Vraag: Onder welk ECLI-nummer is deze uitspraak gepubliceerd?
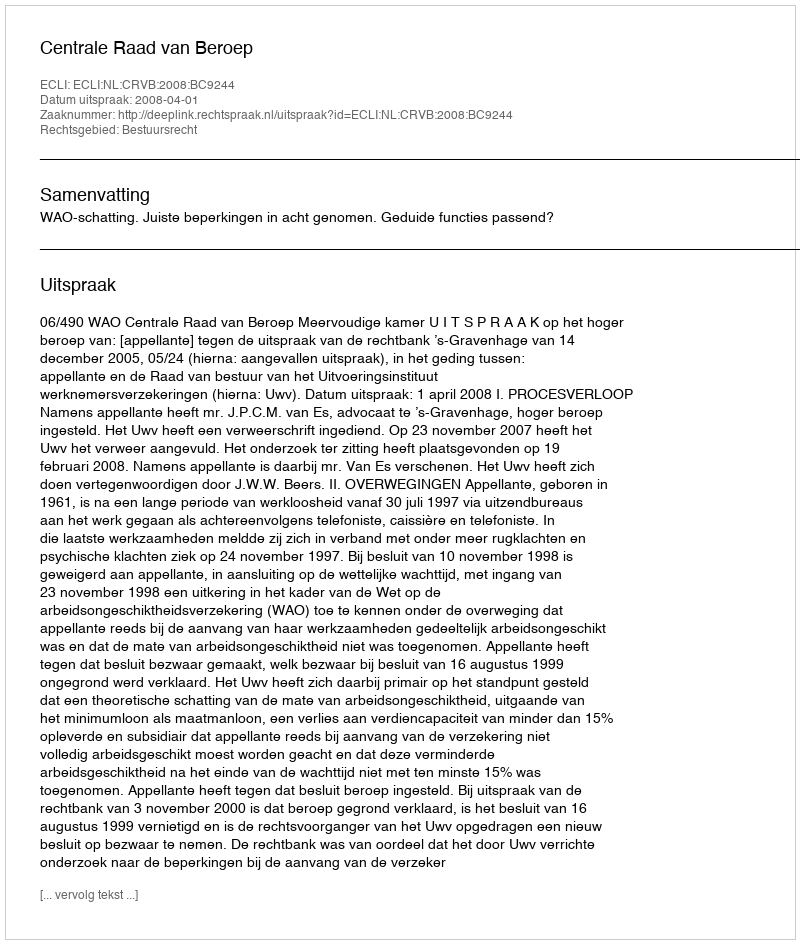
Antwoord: ECLI:NL:CRVB:2008:BC9244